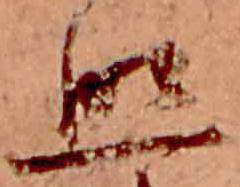
照